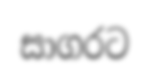
සාගරට